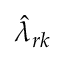
\hat { \lambda } _ { r k }